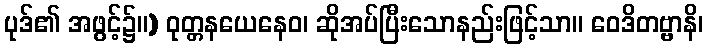
ပုဒ်၏ အဖွင့်၌။) ဝုတ္တနယေနေဝ၊ ဆိုအပ်ပြီးသောနည်းဖြင့်သာ။ ဝေဒိတဗ္ဗာနိ၊